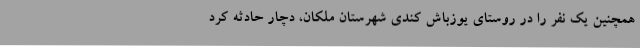
همچنین یک نفر را در روستای یوزباش کندی شهرستان ملکان، دچار حادثه کرد